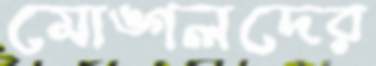
মোঙ্গলদের